Bulletin of the Pasteur Institute of Southern India, Coonoor - No. 2.
Year: 1909
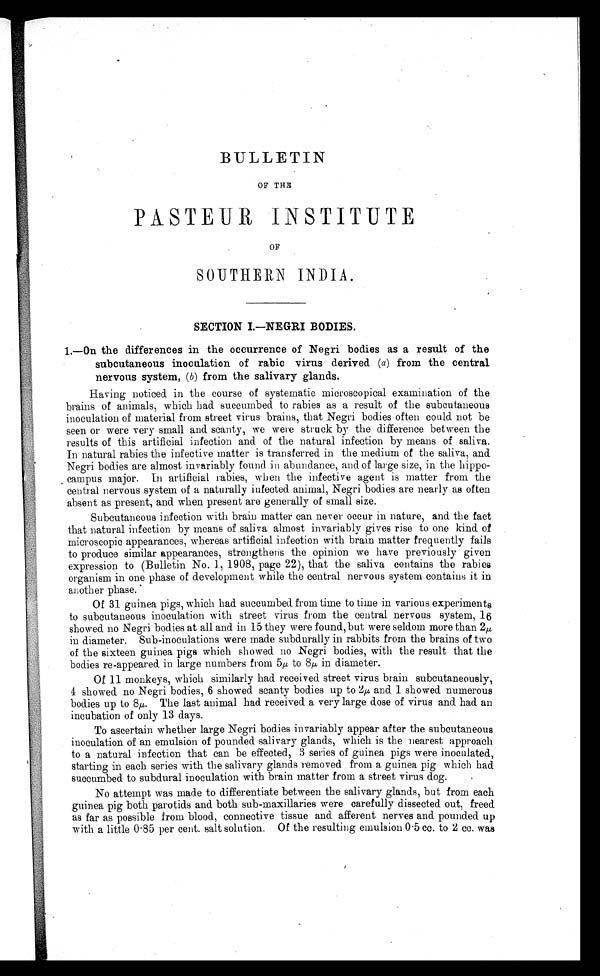
BULLETIN
OF THE
PASTEUR INSTITUTE
OF
SOUTHERN INDIA.
SECTION I —NEGRI BODIES.
1.—On the differences in the occurrence of Negri bodies as a result of the
subcutaneous inoculation of rabic virus derived (a) from the central
nervous system , (b) from the salivary glands.
Having noticed. in the course of systematic microscopical examination of the
brains of animals, which had succumbed to rabies as a result of the subcutaneous
inoculation of material from street virus brains, that Negri bodies often could. not be
seen or were very small and scanty, we were struck by the difference between the
results of this artificial infection and of the natural infection by means of saliva.
In natural rabies the infective matter is transferred in the medium of the saliva, and.
Negri bodies are almost invariably found in abundance, and of large size, in the hippo-
campus major. In artificial rabies, when the infective agent is matter from the
central nervous system of a naturally infected animal, Negri bodies are nearly as often
absent as present, and when present are generally of small size.
Subcutaneous infection with brain matter can never occur in nature, and the fact
that natural infection by means of saliva almost invariably gives rise to one kind. of
microscopic appearances, whereas artificial infection with brain matter frequently fails
to produce similar appearances, strengthens the opinion we have previously given
expression to (Bulletin No. 1, 1908, page 22), that the saliva contains the rabies
organism in one phase of development while the central nervous system contains it in
another phase.
Of 31 guinea pigs, which had. succumbed from time to time in various experiments
to subcutaneous inoculation with street virus from the central nervous system, 16
showed no Negri bodies at all and in 15 they were found, but were seldom more than 2µ
in diameter. Sub-inoculations were made subdurally in rabbits from the brains of two
of the sixteen guinea pigs which showed no Negri bodies, with the result that the
bodies re-appeared in large numbers from 5µ to 8µ in diameter.
Of 11 monkeys, which similarly had received street virus brain subcutaneously,
4 showed no Negri bodies, 6 showed scanty bodies up to 2µ and 1 showed numerous
bodies up to 8µ The last animal had. received a very large dose of virus and had. an
incubation of only 13 days.
To ascertain whether large Negri bodies invariably appear after the subcutaneous
inoculation of an emulsion of pounded. salivary glands, which is the nearest approach
to a natural infection that can be effected, 3 series of guinea pigs were inoculated.,
starting in each series with the salivary glands removed from a guinea pig which had
succumbed to subdural inoculation with brain matter from a street virus dog.
No attempt was made to differentiate between the salivary glands, but from each
.guinea pig both parotids and. both sub-maxillaries were carefully dissected out, freed.
as far as possible from blood, connective tissue and. afferent nerves and. pounded up
with a little 0.85 per cent. salt solution. Of the resulting emulsion
0.5 cc. to 2 cc. was